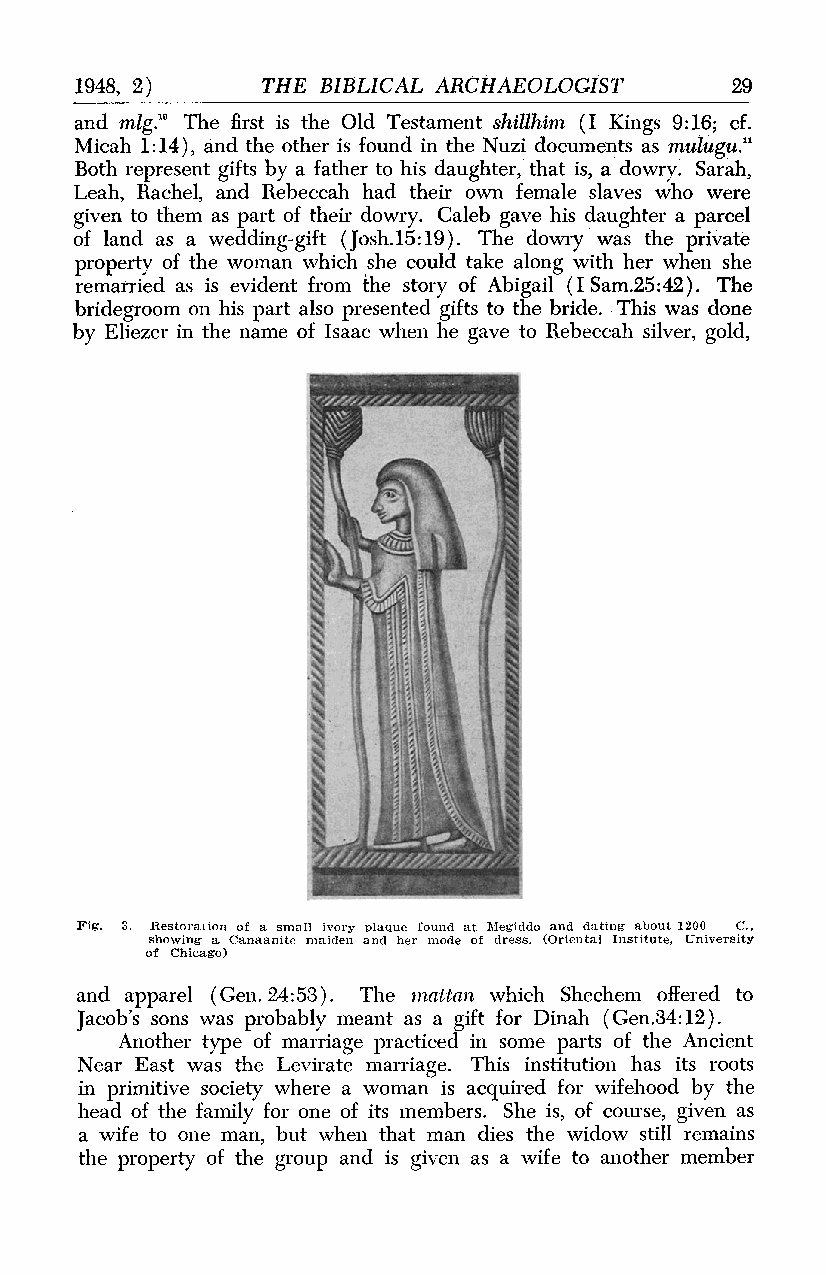
1948, 2)    THE BIBLICAL ARCHAEOLOGIST     29
 and mlg.'" The first is the Old Testament shillhim (I Kings 9:16; cf.
 Micah 1:14), and the other is found in the Nuzi documents as mulugu."
 Both represent gifts by a father to his daughter, that is, a dowry. Sarah,
 Leah, Rachel, and Rebeccah had their own female slaves who were
 given to them as part of their dowry. Caleb gave his daughter a parcel
 of land as a wedding-gift (Josh.15:19). The dowry was the private
 property of the woman which she could take along with her when she
 remarried as is evident from the story of Abigail (I Sam.25:42). The
 bridegroom on his part also presented gifts to the bride. This was done
 by Eliezer in the name of Isaac when he gave to Rebeccah silver, gold,
 Fig. 3. Restoration of a small ivory plaque found at AMegiddo and dating about 1200 C.,
 showing a Canaanite maiden and her mode of dress. (Oriental Institute, University
 of Chicago)
 and apparel (Gen. 24:53). The mattan which Shechem offered to
 Jacob's sons was probably meant as a gift for Dinah (Gen.34:12).
 Another type of marriage practiced in some parts of the Ancient
 Near East was the Levirate marriage. This institution has its roots
 in primitive society where a woman is acquired for wifehood by the
 head of the family for one of its members. She is, of course, given as
 a wife to one man, but when that man dies the widow still remains
 the property of the group and is given as a wife to another member